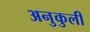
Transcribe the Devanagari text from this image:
अनुकुली